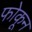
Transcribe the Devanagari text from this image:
फोकून